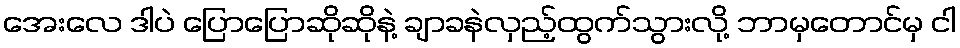
အေးလေ ဒါပဲ ပြောပြောဆိုဆိုနဲ့ ချာခနဲလှည့်ထွက်သွားလို့ ဘာမှတောင်မှ ငါ